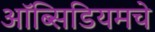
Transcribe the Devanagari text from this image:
ऑब्सिडियमचे